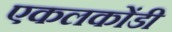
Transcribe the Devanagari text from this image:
एकलकोंडी